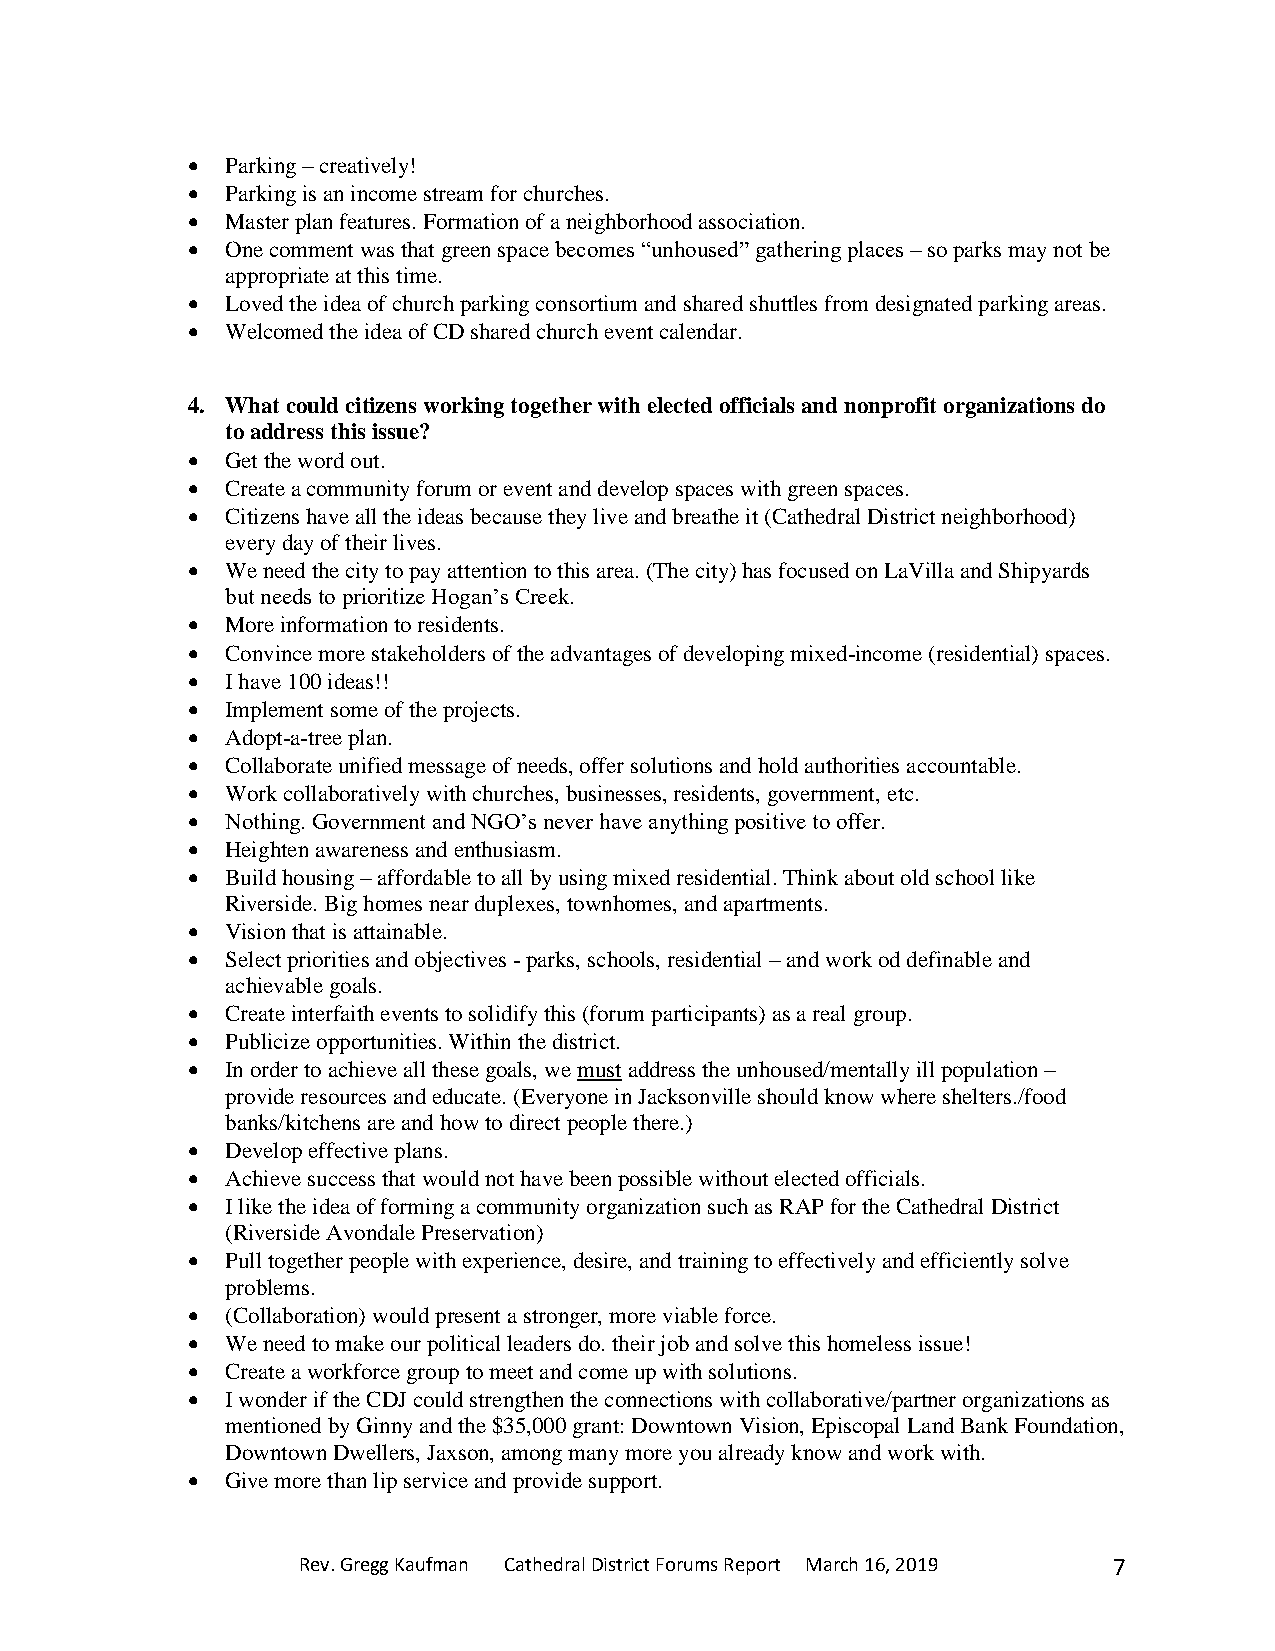
•  Parking – creatively!
 •  Parking is an income stream for churches.
 •  Master plan features. Formation of a neighborhood association.
 •  One comment was that green space becomes “unhoused” gathering places – so parks may not be
 appropriate at this time.
 •  Loved the idea of church parking consortium and shared shuttles from designated parking areas.
 •  Welcomed the idea of CD shared church event calendar.
 4. What could citizens working together with elected officials and nonprofit organizations do
 to address this issue?
 •  Get the word out.
 •  Create a community forum or event and develop spaces with green spaces.
 •  Citizens have all the ideas because they live and breathe it (Cathedral District neighborhood)
 every day of their lives.
 •  We need the city to pay attention to this area. (The city) has focused on LaVilla and Shipyards
 but needs to prioritize Hogan’s Creek.
 •  More information to residents.
 •  Convince more stakeholders of the advantages of developing mixed-income (residential) spaces.
 •  I have 100 ideas!!
 •  Implement some of the projects.
 •  Adopt-a-tree plan.
 •  Collaborate unified message of needs, offer solutions and hold authorities accountable.
 •  Work collaboratively with churches, businesses, residents, government, etc.
 •  Nothing. Government and NGO’s never have anything positive to offer.
 •  Heighten awareness and enthusiasm.
 •  Build housing – affordable to all by using mixed residential. Think about old school like
 Riverside. Big homes near duplexes, townhomes, and apartments.
 •  Vision that is attainable.
 •  Select priorities and objectives - parks, schools, residential – and work od definable and
 achievable goals.
 •  Create interfaith events to solidify this (forum participants) as a real group.
 •  Publicize opportunities. Within the district.
 •  In order to achieve all these goals, we must address the unhoused/mentally ill population –
 provide resources and educate. (Everyone in Jacksonville should know where shelters./food
 banks/kitchens are and how to direct people there.)
 •  Develop effective plans.
 •  Achieve success that would not have been possible without elected officials.
 •  I like the idea of forming a community organization such as RAP for the Cathedral District
 (Riverside Avondale Preservation)
 •  Pull together people with experience, desire, and training to effectively and efficiently solve
 problems.
 •  (Collaboration) would present a stronger, more viable force.
 •  We need to make our political leaders do. their job and solve this homeless issue!
 •  Create a workforce group to meet and come up with solutions.
 •  I wonder if the CDJ could strengthen the connections with collaborative/partner organizations as
 mentioned by Ginny and the $35,000 grant: Downtown Vision, Episcopal Land Bank Foundation,
 Downtown Dwellers, Jaxson, among many more you already know and work with.
 •  Give more than lip service and provide support.
 Rev. Gregg Kaufman Cathedral District Forums Report March 16, 2019 7